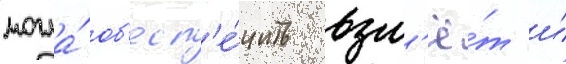
могла́ об'есп'е́чить взл'ё́т и́